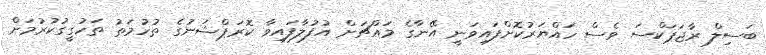
ބަސިލް ރާޖަޕަކްސަ ވެސް ހައްޔަރުކޮށްފައިވަނީ އޭނާގެ މައްޗަށް އުފުލާފައިވާ ކޮރަޕްޝަނުގެ ތުހުމަތު ތަހުގީގުކުރުމަށް